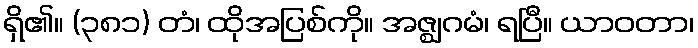
ရှိ၏။ (၃၈၁) တံ၊ ထိုအပြစ်ကို။ အဇ္ဈဂမံ၊ ရပြီ။ ယာဝတာ၊